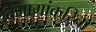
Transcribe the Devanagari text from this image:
विभागांकरिता